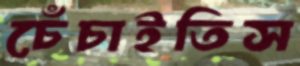
চেঁচাইতিস